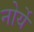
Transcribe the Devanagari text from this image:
नोर्ये